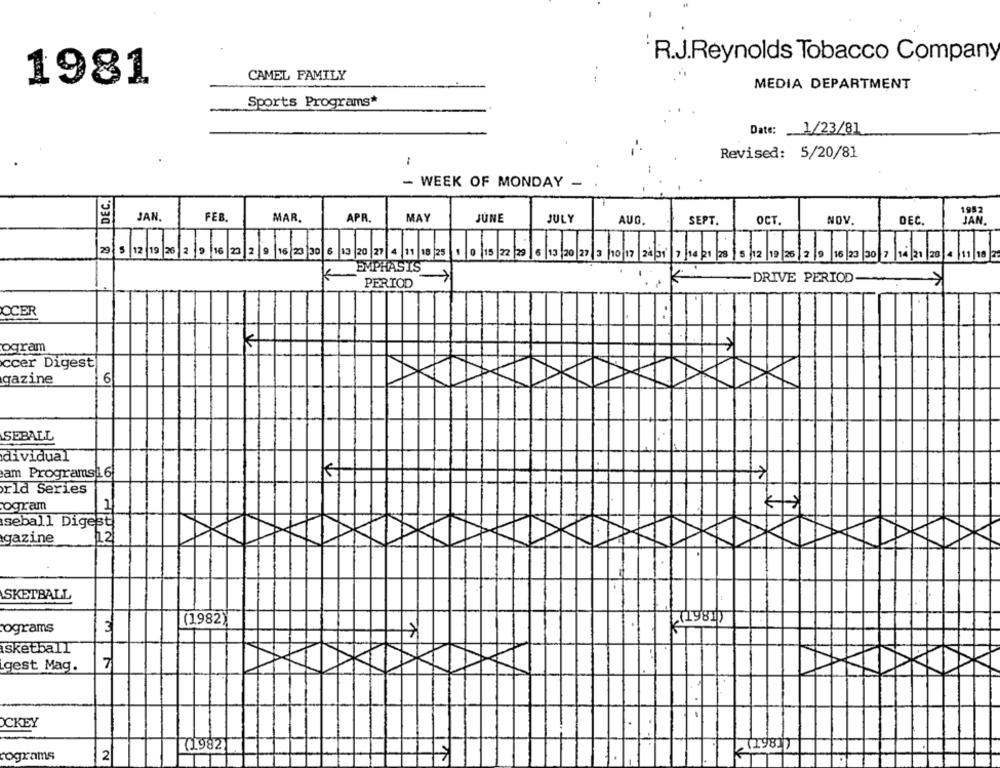
R.J.Reynolds Tobacco Company
CAMEL FAMILY
1981
MEDIA DEPARTMENT
Sports Programs*
Date: 1/23/81
Revised: 5/20/81
- WEEK OF MONDAY -
DEC.
1952
JAN.
FEB.
MAR.
APR.
MAY
JUNE
JULY
AUG
SEPT.
OCT.
NOV.
DEČ.
2 5|12|19|26|2|9|16|23|2 9 16|23 30 6 13 20 27 4 11 18 25 1 0|15|22 20 6/13/20 22/ 3/10/12 24|01|7/10/21|28 |5|12/12/25/
12 19 25|2|0 162320|7|1|21 20 0 11/10/2
EMPHASIS
PERIOD
K
-DRIVE PERIOD
OCER
ogram
K
ccer Digest
gazine
6
SEBALL
dividual
am Programs 16
K
rld Series
ogram
1
seball Diges
gazine
SKETBALL
(1982)
(1981)
ograms
3
isketball
gest Mag.
7
CKEY
981
71982
cograms
2